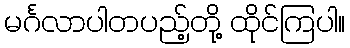
မင်္ဂလာပါတပည့်တို့ ထိုင်ကြပါ။